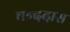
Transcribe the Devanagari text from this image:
चन्ददास